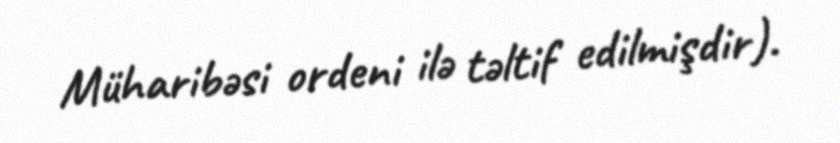
Müharibəsi ordeni ilə təltif edilmişdir).